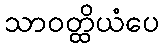
သာဝတ္ထိယံပေ